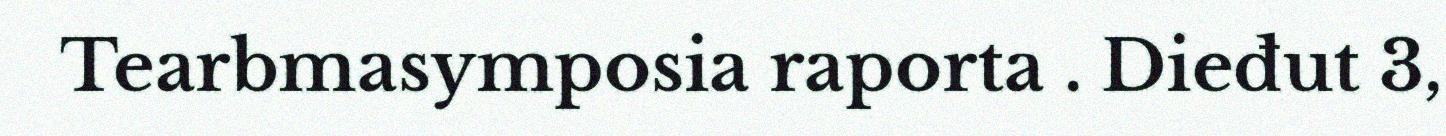
Tearbmasymposia raporta . Dieđut 3,